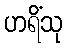
ဟရိံသု